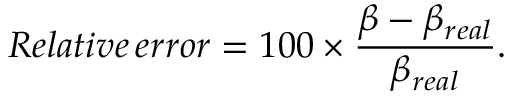
R e l a t i v e \, e r r o r = 1 0 0 \times \frac { \beta - \beta _ { r e a l } } { \beta _ { r e a l } } .